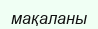
мақаланы